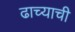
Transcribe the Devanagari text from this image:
ढाच्याची